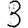
Digit: 3